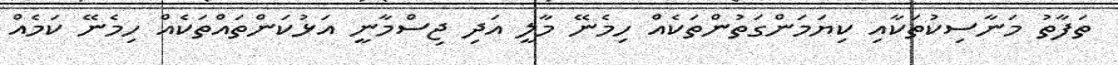
ތަފާތު މަނާސިކުތަކާއި ކިޔަމަންގަތުންތަކެއް ހިމެނޭ މާލީ އަދި ޖިސްމާނީ އަޅުކަންތައްތަކެއް ހިމެނޭ ކަމެއް